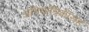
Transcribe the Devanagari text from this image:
अभियांत्रिकीसह